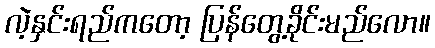
လဲ့နှင်းရည်ကတော့ ပြန်တွေ့ခိုင်းမည်လော။